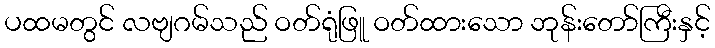
ပထမတွင် လဗျဂမ်သည် ဝတ်ရုံဖြူ ဝတ်ထားသော ဘုန်းတော်ကြီးနှင့်